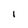
Character: I